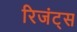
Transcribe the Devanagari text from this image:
रिजंट्स